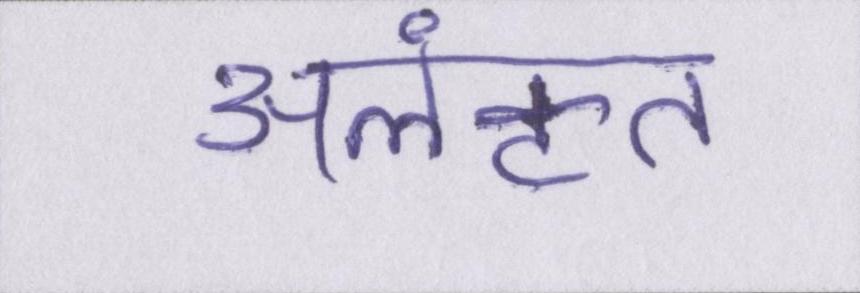
अलंकृत